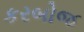
કરબોજ